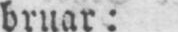
bruar: